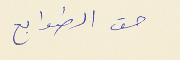
حق الطوابع